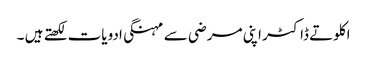
اکلوتے ڈاکٹر اپنی مرضی سے مہنگی ادویات لکھتے ہیں ۔